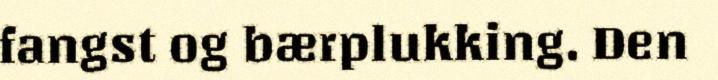
fangst og bærplukking. Den